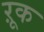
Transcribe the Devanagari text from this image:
ऱूक